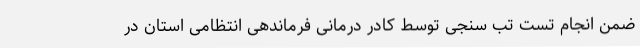
ضمن انجام تست تب سنجی توسط کادر درمانی فرماندهی انتظامی استان در